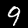
Label: 9